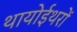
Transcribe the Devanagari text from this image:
थायोईथरों